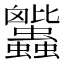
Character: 𧖕